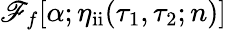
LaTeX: \mathscr{F}_{f}[\alpha;\eta_{\mathrm{{ii}}}(\tau_{1},\tau_{2};n)]